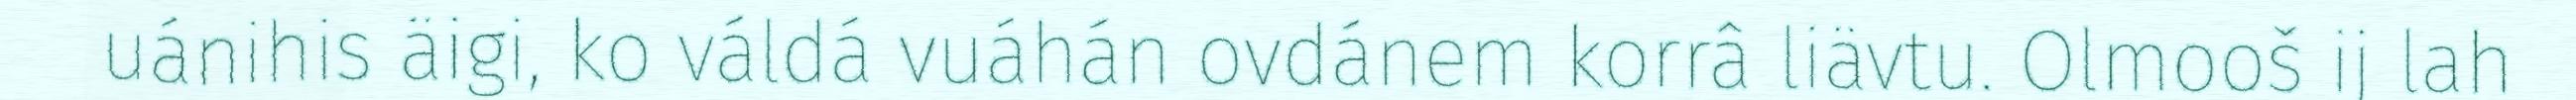
uánihis äigi, ko váldá vuáhán ovdánem korrâ liävtu. Olmooš ij lah